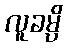
လူခမ္ပိ